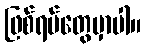
ဖြစ်ရပ်တွေမှာပါ။